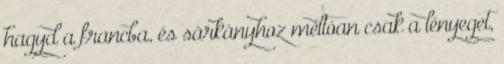
hagyd a francba, és sárkányhoz méltóan csak a lényeget,